Enquiry on enteric fever in India - Number 32
Disease focus: Fever
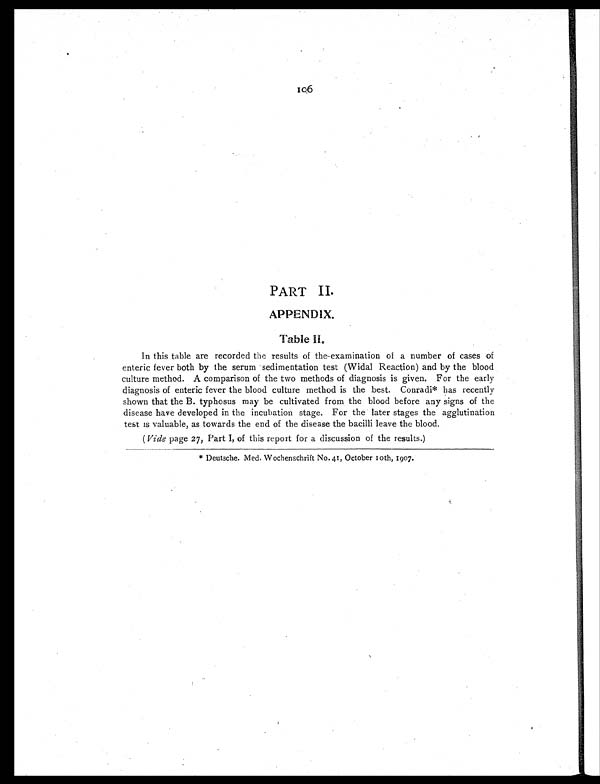
106
PART II.
APPENDIX.
Table II.
In this table are recorded the results of the-examination of a number of cases of
enteric fever both by the serum sedimentation test (Widal Reaction) and by the blood
culture method. A comparison of the two methods of diagnosis is given. For the early
diagnosis of enteric fever the blood culture method is the best. Conradi* has recently
shown that the B. typhosus may be cultivated from the blood before any signs of the
disease have developed in the incubation stage. For the later stages the agglutination
test is valuable, as towards the end of the disease the bacilli leave the blood.
( Vide page 27, Part I, of this report for a discussion of the results.)
* Deutsche. Med. Wochenschrift No. 41, October 10th, 1907.